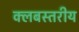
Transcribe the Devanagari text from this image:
क्लबस्तरीय